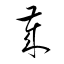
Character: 歳